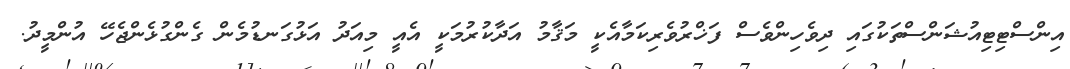
އިންސްޓިޓިއުޝަންސްތަކުގައި ދިވެހިންވެސް ފަޚްރުވެރިކަމާއެކީ މަޤާމު އަދާކުރުމަކީ އެއީ މިއަދު އަޅުގަނޑުމެން ގެންގުޅެންޖެހޭ އުންމީދު.